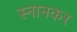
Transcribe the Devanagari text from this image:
स्नानकर